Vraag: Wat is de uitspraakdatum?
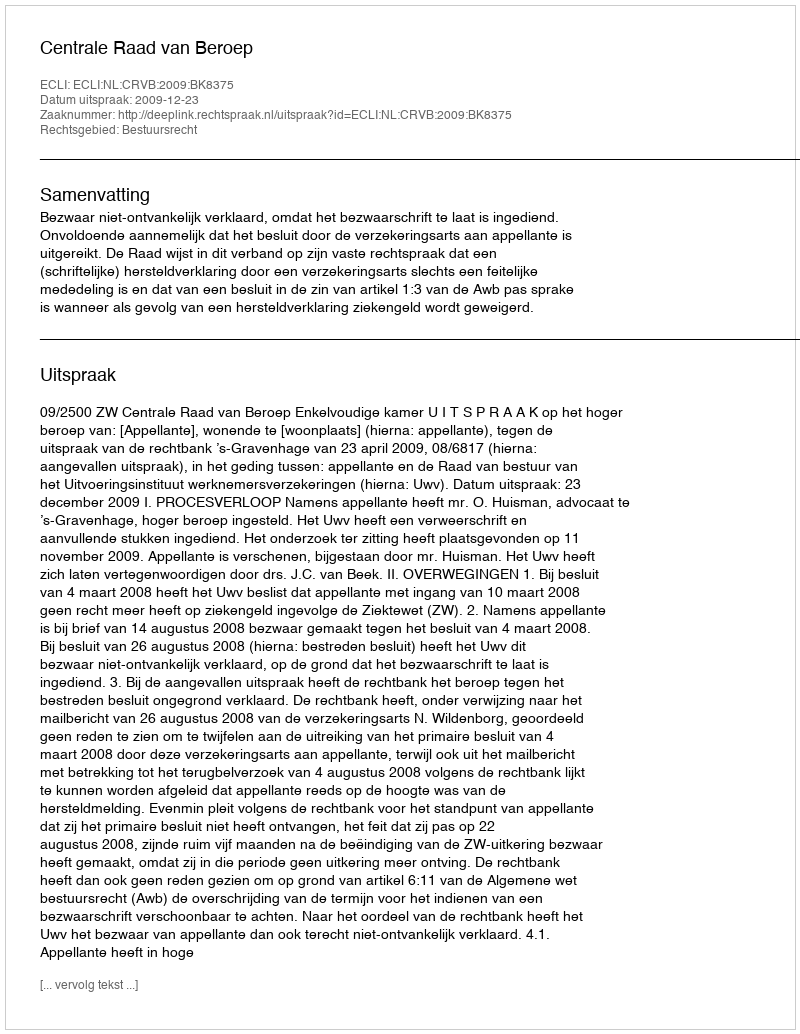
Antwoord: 2009-12-23